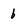
Character: 6